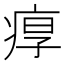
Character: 𤶿